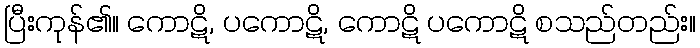
ပြီးကုန်၏။ ကောဋိ, ပကောဋိ, ကောဋိ ပကောဋိ စသည်တည်း။